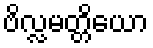
ဗိလ္လမတ္တိယော